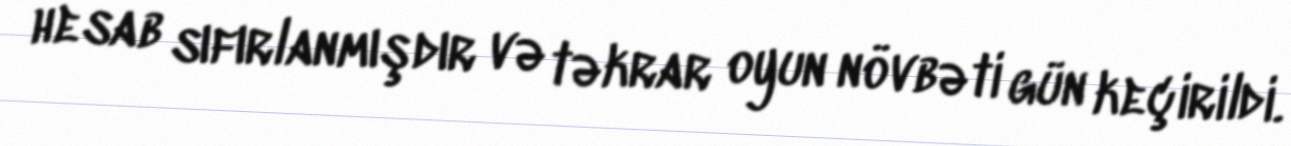
hesab sıfırlanmışdır və təkrar oyun növbəti gün keçirildi.